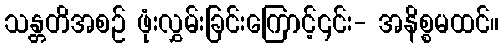
သန္တတိအစဉ် ဖုံးလွှမ်းခြင်းကြောင့်၎င်း- အနိစ္စမထင်။